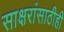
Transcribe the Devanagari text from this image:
साक्षरांसाठीही